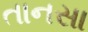
તાનસા